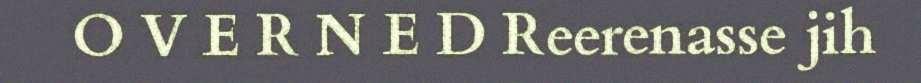
O V E R N E D Reerenasse jih